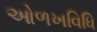
ઓળખવિધિ